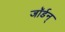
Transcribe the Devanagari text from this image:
जॉर्डन्